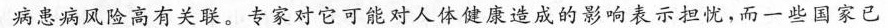
病患病风险高有关联。专家对它可能对人体健康造成的影响表示担忧，而一些国家已